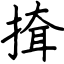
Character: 𢱕